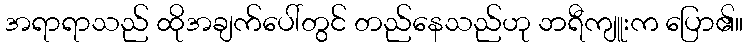
အရာရာသည် ထိုအချက်ပေါ်တွင် တည်နေသည်ဟု ဘရီကျူးက ပြော၏။